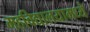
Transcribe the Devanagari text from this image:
महविद्यालयामध्ये